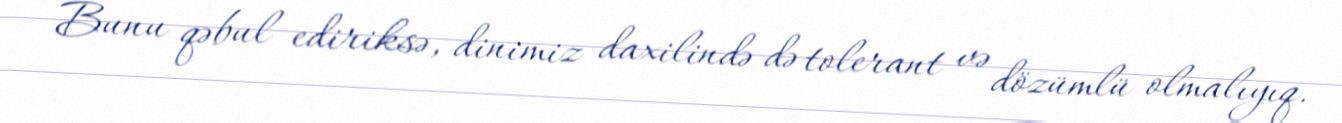
Bunu qəbul ediriksə, dinimiz daxilində də tolerant və dözümlü olmalıyıq.